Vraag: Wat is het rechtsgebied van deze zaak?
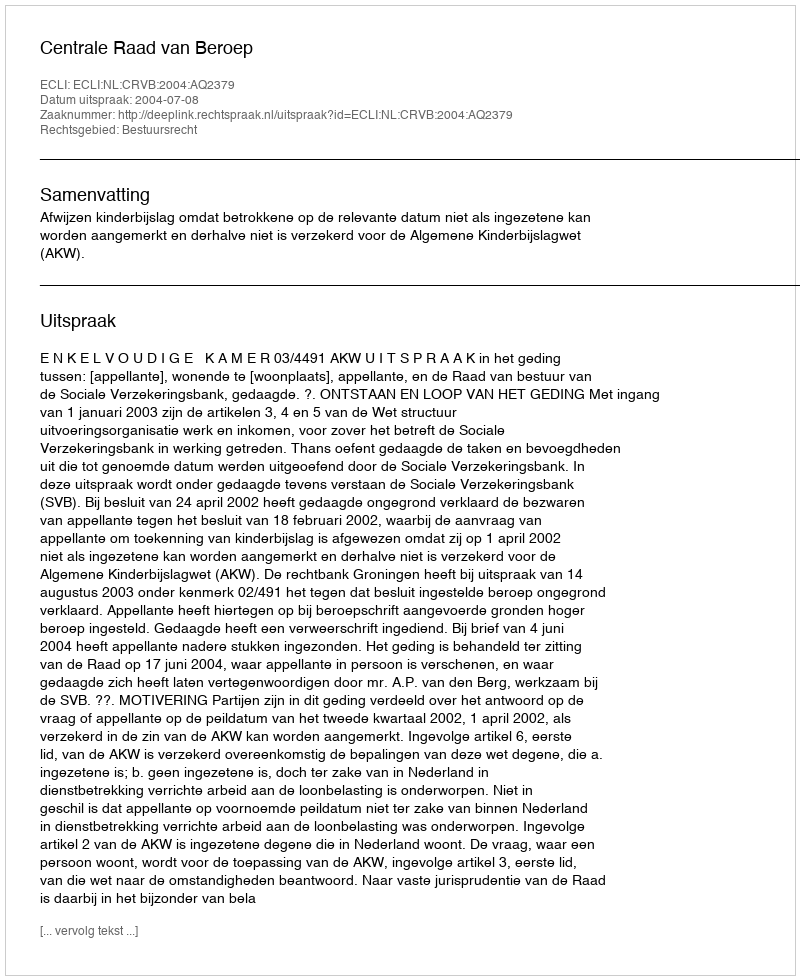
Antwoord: Bestuursrecht